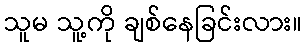
သူမ သူ့ကို ချစ်နေခြင်းလား။